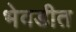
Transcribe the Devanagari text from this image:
भेवडीत